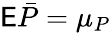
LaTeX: \mathsf E\bar{P}=\mu_{P}